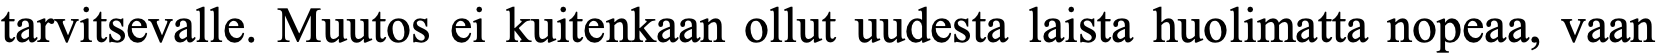
tarvitsevalle. Muutos ei kuitenkaan ollut uudesta laista huolimatta nopeaa, vaan